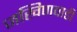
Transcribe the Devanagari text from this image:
जखिणवाडी